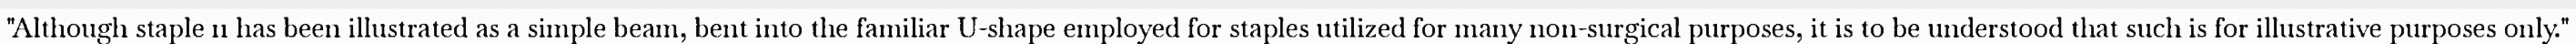
"Although staple 11 has been illustrated as a simple beam, bent into the familiar U-shape employed for staples utilized for many non-surgical purposes, it is to be understood that such is for illustrative purposes only."